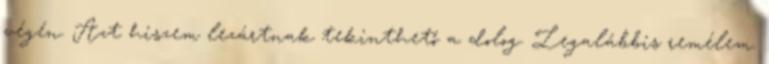
végén. Azt hiszem lezártnak tekinthető a dolog. Legalábbis remélem.